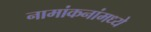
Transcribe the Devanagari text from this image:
नामांकनांमध्ये